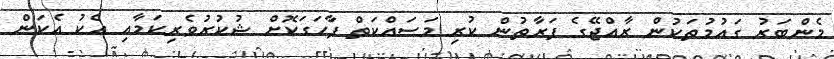
މެންބަރު ގައުމުތަކުން ރާއްޖޭގެ ފަރާތުން ކުރި މަސައްކަތް ފާހަގަކޮށް ޝުކުރުވެރިކަމާއި އެކު އެކަން